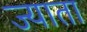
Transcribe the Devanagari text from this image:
ज्याता